Report of the Bombay Veterinary College
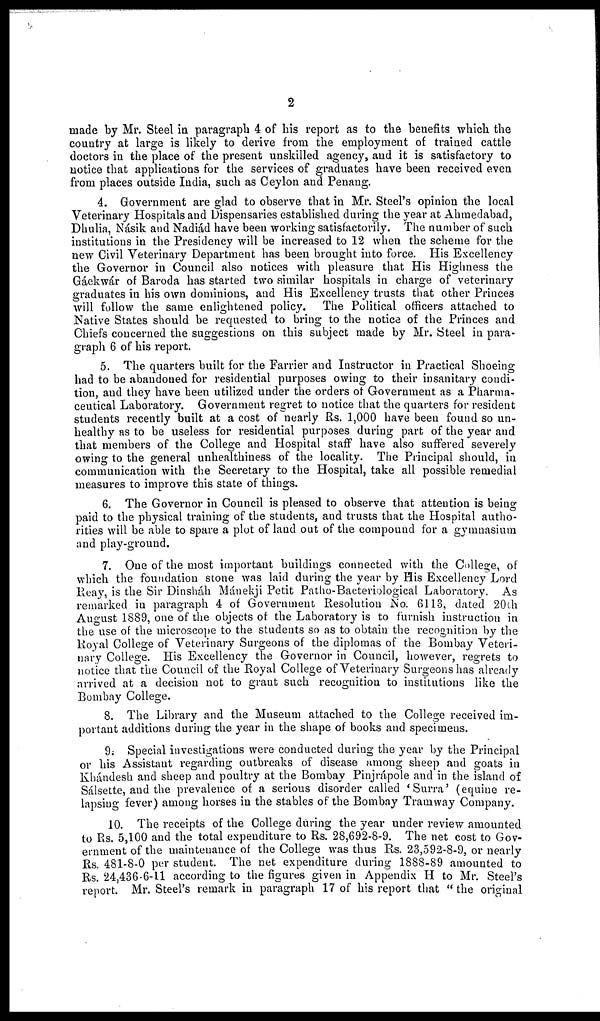
2
made by Mr. Steel in paragraph 4 of his report as to the benefits which the
country at large is likely to derive from the employment of trained cattle
doctors in the place of the present unskilled agency, and it is satisfactory to
notice that applications for the services of graduates have been received even
from places outside India, such as Ceylon and Penang.
4. Government are glad to observe that in Mr. Steel's opinion the local
Veterinary Hospitals and Dispensaries established during the year at Ahmedabad,
Dhulia, Násik and Nadiád have been working satisfactorily. The number of such
institutions in the Presidency will be increased to 12 when the scheme for the
new Civil Veterinary Department has been brought into force. His Excellency
the Governor in Council also notices with pleasure that His Highness the
Gáekwár of Baroda has started two similar hospitals in charge of veterinary
graduates in his own dominions, and His Excellency trusts that other Princes
will follow the same enlightened policy. The Political officers attached to
Native States should be requested to bring to the notice of the Princes and
Chiefs concerned the suggestions on this subject made by Mr. Steel in para-
graph 6 of his report.
5. The quarters built for the Farrier and Instructor in Practical Shoeing
had to be abandoned for residential purposes owing to their insanitary condi-
tion, and they have been utilized under the orders of Government as a Pharma-
ceutical Laboratory. Government regret to notice that the quarters for resident
students recently built at a cost of nearly Rs. 1,000 have been found so un-
healthy as to be useless for residential purposes during part of the year and
that members of the College and Hospital staff have also suffered severely
owing to the general unhealthiness of the locality. The Principal should, in
communication with the Secretary to the Hospital, take all possible remedial
measures to improve this state of things.
6. The Governor in Council is pleased to observe that attention is being
paid to the physical training of the students, and trusts that the Hospital autho-
rities will be able to spare a plot of land out of the compound for a gymnasium
and play-ground.
7. One of the most important buildings connected with the College, of
which the foundation stone was laid during the year by His Excellency Lord
Reay, is the Sir Dinsháh Mánekji Petit Patho-Bacteriological Laboratory. As
remarked in paragraph 4 of Government Resolution No. 6113, dated 20th
August 1889, one of the objects of the Laboratory is to furnish instruction in
the use of the microscope to the students so as to obtain the recognition by the
Royal College of Veterinary Surgeons of the diplomas of the Bombay Veteri-
nary College. His Excellency the Governor in Council, however, regrets to
notice that the Council of the Royal College of Veterinary Surgeons has already
arrived at a decision not to grant such recognition to institutions like the
Bombay College.
8. The Library and the Museum attached to the College received im-
portant additions during the year in the shape of books and specimens.
9. Special investigations were conducted during the year by the Principal
or his Assistant regarding outbreaks of disease among sheep and goats in
Khándesh and sheep and poultry at the Bombay Pinjrápole and in the island of
Sálsette, and the prevalence of a serious disorder called 'Surra' (equine re-
lapsing fever) among horses in the stables of the Bombay Tramway Company.
10. The receipts of the College during the year under review amounted
to Rs. 5,100 and the total expenditure to Rs. 28,692-8-9. The net cost to Gov-
ernment of the maintenance of the College was thus Rs. 23,592-8-9, or nearly
Rs. 481-8-0 per student. The net expenditure during 1888-89 amounted to
Rs. 24,436-6-11 according to the figures given in Appendix H to Mr. Steel's
report. Mr. Steel's remark in paragraph 17 of his report that " the original